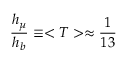
\frac { h _ { \mu } } { h _ { b } } \equiv < T > \approx \frac { 1 } { 1 3 }